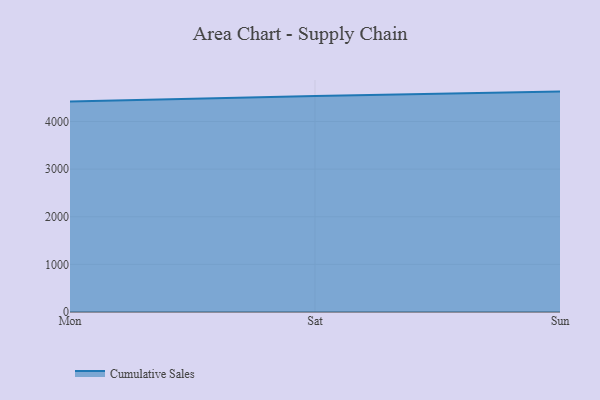
{"axis": {"x": "Day", "y": "Humidity (%)"}, "legend": ["Cumulative Sales"], "data": [{"x": "Mon", "y": 4422.0, "type": "Cumulative Sales"}, {"x": "Sat", "y": 4534.5, "type": "Cumulative Sales"}, {"x": "Sun", "y": 4628.1, "type": "Cumulative Sales"}]}